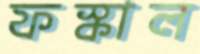
ফস্কাল